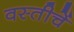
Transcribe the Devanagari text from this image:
वस्तीचें